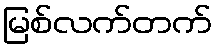
မြစ်လက်တက်